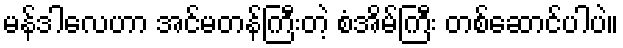
မန်ဒါလေဟာ အင်မတန်ကြီးတဲ့ စံအိမ်ကြီး တစ်ဆောင်ပါပဲ။